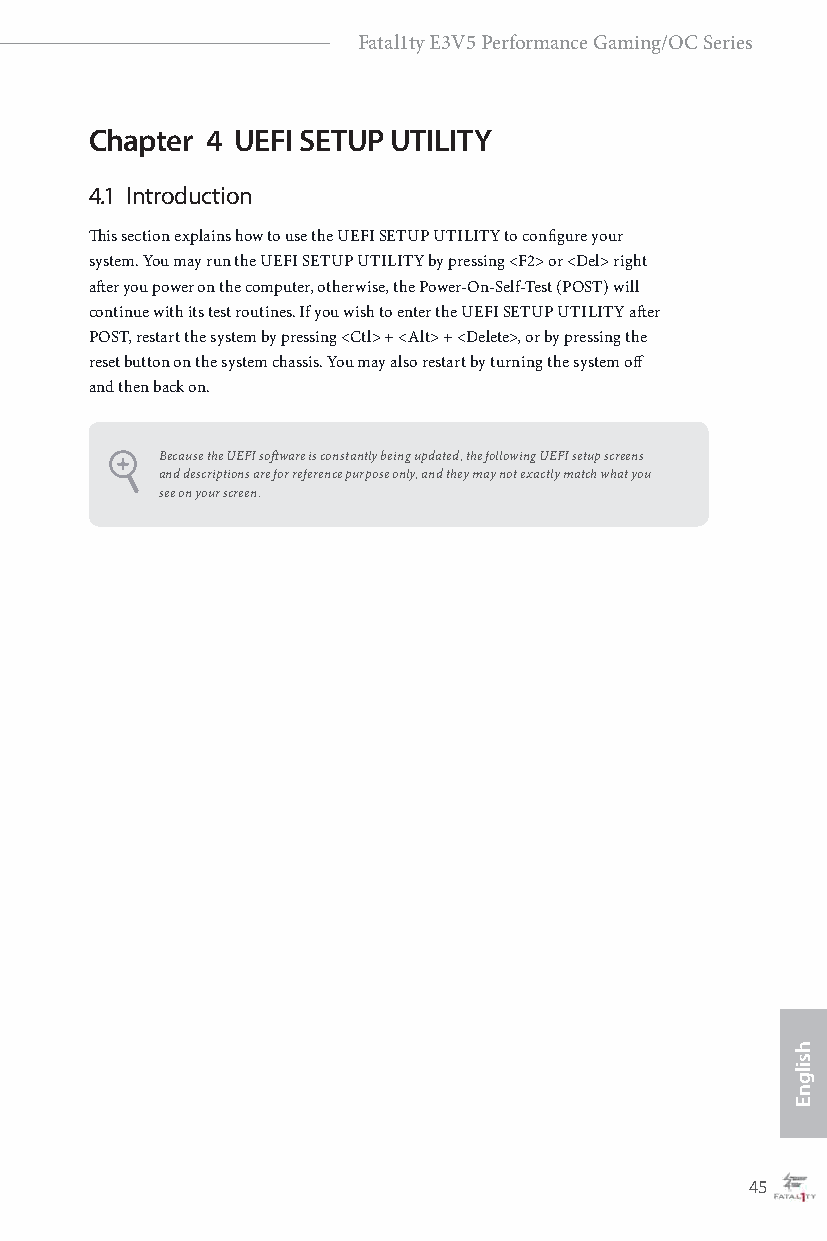
Fatal1ty E3V5 Performance Gaming/OC Series
 Chapter 4 UEFI SETUP UTILITY
 4.1 Introduction
 This section explains how to use the UEFI SETUP UTILITY to configure your
 system. You may run the UEFI SETUP UTILITY by pressing <F2> or <Del> right
 after you power on the computer, otherwise, the Power-On-Self-Test (POST) will
 continue with its test routines. If you wish to enter the UEFI SETUP UTILITY after
 POST, restart the system by pressing <Ctl> + <Alt> + <Delete>, or by pressing the
 reset button on the system chassis. You may also restart by turning the system off
 and then back on.
 Because the UEFI software is constantly being updated, the following UEFI setup screens
 and descriptions are for reference purpose only, and they may not exactly match what you
 see on your screen.
 44                                                45
 hsilgnE